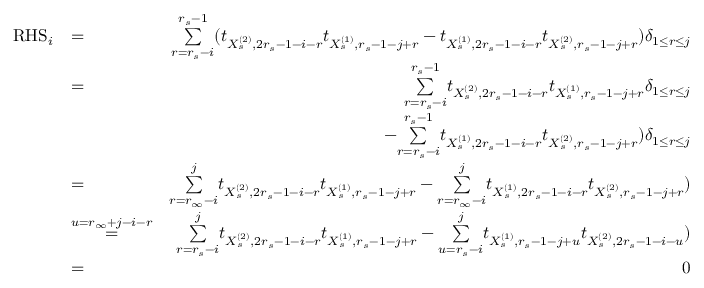
\begin{array} { r l r } { \mathrm { R H S } _ { i } } & { = } & { \underset { r = r _ { s } - i } { \overset { r _ { s } - 1 } { \sum } } ( t _ { X _ { s } ^ { ( 2 ) } , 2 r _ { s } - 1 - i - r } t _ { X _ { s } ^ { ( 1 ) } , r _ { s } - 1 - j + r } - t _ { X _ { s } ^ { ( 1 ) } , 2 r _ { s } - 1 - i - r } t _ { X _ { s } ^ { ( 2 ) } , r _ { s } - 1 - j + r } ) \delta _ { 1 \leq r \leq j } } \\ & { = } & { \underset { r = r _ { s } - i } { \overset { r _ { s } - 1 } { \sum } } t _ { X _ { s } ^ { ( 2 ) } , 2 r _ { s } - 1 - i - r } t _ { X _ { s } ^ { ( 1 ) } , r _ { s } - 1 - j + r } \delta _ { 1 \leq r \leq j } } \\ & { } & { - \underset { r = r _ { s } - i } { \overset { r _ { s } - 1 } { \sum } } t _ { X _ { s } ^ { ( 1 ) } , 2 r _ { s } - 1 - i - r } t _ { X _ { s } ^ { ( 2 ) } , r _ { s } - 1 - j + r } ) \delta _ { 1 \leq r \leq j } } \\ & { = } & { \underset { r = r _ { \infty } - i } { \overset { j } { \sum } } t _ { X _ { s } ^ { ( 2 ) } , 2 r _ { s } - 1 - i - r } t _ { X _ { s } ^ { ( 1 ) } , r _ { s } - 1 - j + r } - \underset { r = r _ { \infty } - i } { \overset { j } { \sum } } t _ { X _ { s } ^ { ( 1 ) } , 2 r _ { s } - 1 - i - r } t _ { X _ { s } ^ { ( 2 ) } , r _ { s } - 1 - j + r } ) } \\ & { \overset { u = r _ { \infty } + j - i - r } { = } } & { \underset { r = r _ { s } - i } { \overset { j } { \sum } } t _ { X _ { s } ^ { ( 2 ) } , 2 r _ { s } - 1 - i - r } t _ { X _ { s } ^ { ( 1 ) } , r _ { s } - 1 - j + r } - \underset { u = r _ { s } - i } { \overset { j } { \sum } } t _ { X _ { s } ^ { ( 1 ) } , r _ { s } - 1 - j + u } t _ { X _ { s } ^ { ( 2 ) } , 2 r _ { s } - 1 - i - u } ) } \\ & { = } & { 0 } \end{array}